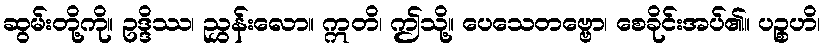
ဆွမ်းတို့ကို။ ဥဒ္ဒိဿ၊ ညွှန်းလော။ ဣတိ၊ ဤသို့။ ပေသေတဗ္ဗော၊ စေခိုင်းအပ်၏။ ပဉ္စဟိ၊